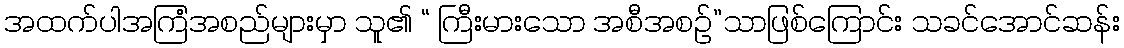
အထက်ပါအကြံအစည်များမှာ သူ၏ “ ကြီးမားသော အစီအစဉ်”သာဖြစ်ကြောင်း သခင်အောင်ဆန်း